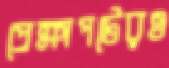
প্রেক্ষাপটেরও